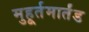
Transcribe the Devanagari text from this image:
मुहूर्तमार्तंड